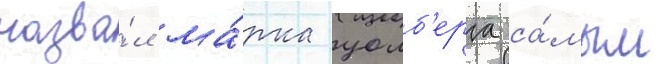
назва́л ма́рка уолб'ерга са́мым